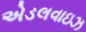
એડલવાઇઝ